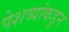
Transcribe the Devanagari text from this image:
पेशव्यांकडुन